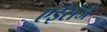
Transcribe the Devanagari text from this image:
एईसंजे